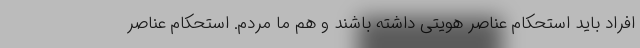
افراد باید استحکام عناصر هویتی داشته باشند و هم ما مردم. استحکام عناصر